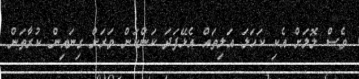
ވެސް ލޮލަށް އެކި ކަހަލަ އަލިތައް އެޅޭފަދަ ކަންކަން ވަރަށް ގިނައިން ކުރާތަން